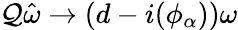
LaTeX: \mathcal{Q}\hat{{\omega}}\to(d-i(\phi_{\alpha}))\omega